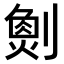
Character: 𠟮